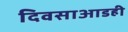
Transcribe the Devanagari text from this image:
दिवसाआडही